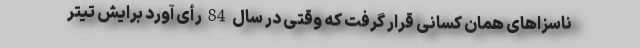
ناسزاهای همان کسانی قرار گرفت که وقتی در سال 84 رأی آورد برایش تیتر